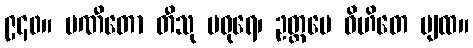
၉၄၀။ ပဏီတော တီသု မဓုရေ၊ ဥတ္တမေ ဝိဟိတေ ပျထ။